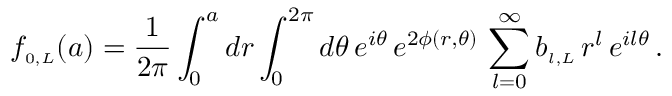
f _ { \scriptscriptstyle { 0 , L } } ( a ) = \frac { 1 } { 2 \pi } \int _ { 0 } ^ { a } d r \int _ { 0 } ^ { 2 \pi } d \theta \, e ^ { i \theta } \, e ^ { 2 \phi ( r , \theta ) } \, \sum _ { l = 0 } ^ { \infty } b _ { \scriptscriptstyle { l , L } } \, r ^ { l } \, e ^ { i l \theta } \, .